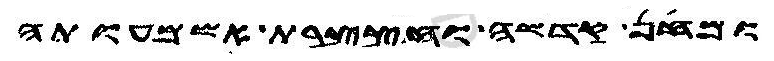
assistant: ומחן קדשה וחצצרת אשמעותה